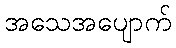
အသေအပျောက်